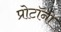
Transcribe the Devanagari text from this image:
प्रोटॉनो